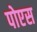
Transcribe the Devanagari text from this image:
पोएस